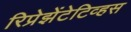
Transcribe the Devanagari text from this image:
रिप्रेझेंटेटिव्हस